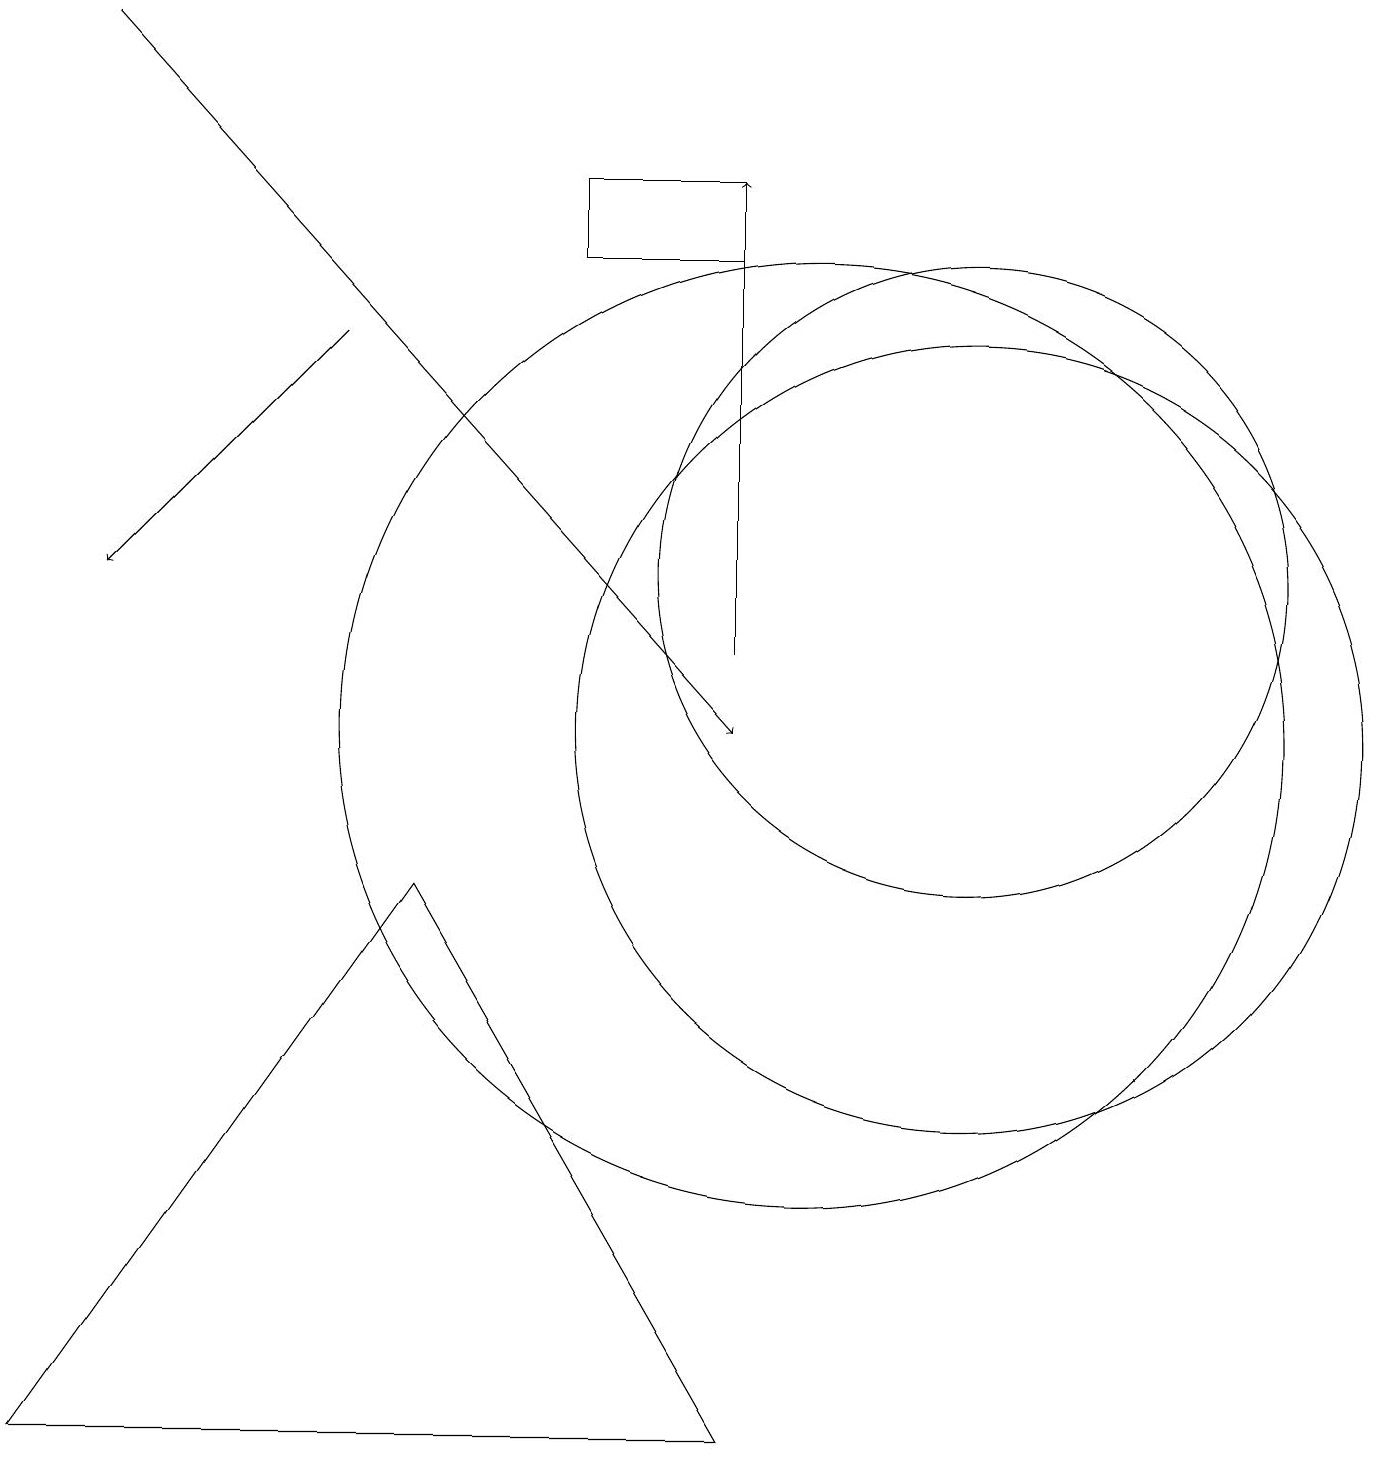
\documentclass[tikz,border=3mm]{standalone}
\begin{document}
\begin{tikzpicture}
\draw[->] (4,15) -- (1,12);
\draw (9,1) -- (5,8) -- (0,1) -- cycle;
\draw (12,12) circle (4);
\draw[->] (9,11) -- (9,17);
\draw[->] (1,19) -- (9,10);
\draw (12,10) circle (5);
\draw (10,10) circle (6);
\draw (9,16) rectangle (7,17);
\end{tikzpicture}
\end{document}